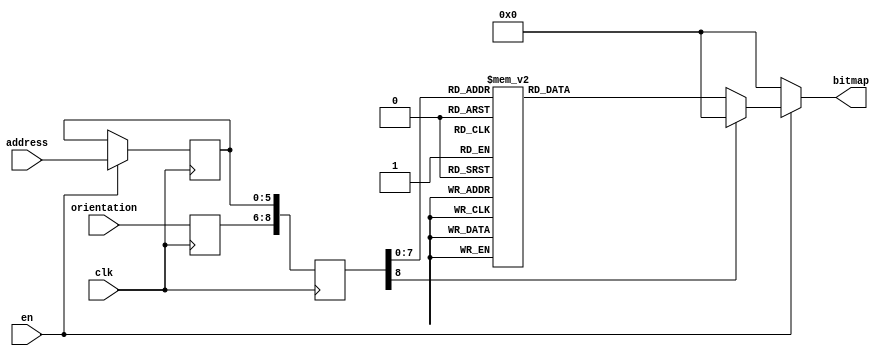
module newshape3_69 (clk, en, orientation, address, bitmap); 
    input  clk;
    input   en;
    input wire [2:0] orientation;
    input wire[5:0] address;
    output reg [50:0] bitmap;
    reg   [8:0] raddr;
    reg [5:0] address_reg;
    reg[2:0] orient_reg;
 always @(posedge clk)
 begin

    if (en)
     address_reg <= address;
     orient_reg <= orientation;
     raddr <= {orient_reg,address_reg};
 end

 always @(raddr) 
 begin
    if (en)
       case(raddr)
    9'b000000000 : bitmap <= 51'b000000000000000000000000010000000000000000000000000;
    9'b000000001 : bitmap <= 51'b000000000000000000000001111100000000000000000000000;
    9'b000000010 : bitmap <= 51'b000000000000000000000111111111000000000000000000000;
    9'b000000011 : bitmap <= 51'b000000000000000000001111111111100000000000000000000;
    9'b000000100 : bitmap <= 51'b000000000000000000011111111111111000000000000000000;
    9'b000000101 : bitmap <= 51'b000000000000000000001111111111111110000000000000000;
    9'b000000110 : bitmap <= 51'b000000000000000000001111111111111111100000000000000;
    9'b000000111 : bitmap <= 51'b000000000000000000000111111111111111110000000000000;
    9'b000001000 : bitmap <= 51'b000000000000000000000011111111111111111100000000000;
    9'b000001001 : bitmap <= 51'b000000000000000000000001111111111111111111000000000;
    9'b000001010 : bitmap <= 51'b000000000000000000000001111111111111111111100000000;
    9'b000001011 : bitmap <= 51'b000000100000000000000000111111111111111111111000000;
    9'b000001100 : bitmap <= 51'b000011110000000000000000011111111111111111111110000;
    9'b000001101 : bitmap <= 51'b000111111000000000000000011111111111111111111111000;
    9'b000001110 : bitmap <= 51'b011111111000000000000000011111111111111111111111110;
    9'b000001111 : bitmap <= 51'b111111111100000000000000001111111111111111111111111;
    9'b000010000 : bitmap <= 51'b111111111110000000000000001111111111111111111111111;
    9'b000010001 : bitmap <= 51'b111111111111000000000000000111111111111111111111111;
    9'b000010010 : bitmap <= 51'b111111111111000000000000000111111111111111111111111;
    9'b000010011 : bitmap <= 51'b111111111111000000000000000011111111111111111111111;
    9'b000010100 : bitmap <= 51'b111111111111100000000000000011111111111111111111111;
    9'b000010101 : bitmap <= 51'b111111111111110000000000000001111111111111111111111;
    9'b000010110 : bitmap <= 51'b111111111111110000000000000001111111111111111111111;
    9'b000010111 : bitmap <= 51'b111111111111100000000000000001111111111111111111111;
    9'b000011000 : bitmap <= 51'b111111111111000000000000000001111111111111111111111;
    9'b000011001 : bitmap <= 51'b000000000000000000000000000000111111111111111111111;
    9'b000011010 : bitmap <= 51'b000000000000000000000000000000111111111111111111111;
    9'b000011011 : bitmap <= 51'b000000000000000000000000000000111111111111111111111;
    9'b000011100 : bitmap <= 51'b000000000000000000000000000000111111111111111111111;
    9'b000011101 : bitmap <= 51'b000000000000000000000000000000111111111111111111111;
    9'b000011110 : bitmap <= 51'b000000000000000000000000000001111111111111111111111;
    9'b000011111 : bitmap <= 51'b000000000000000000000000000011111111111111111111111;
    9'b000100000 : bitmap <= 51'b000000000000000000000000000111111111111111111111111;
    9'b000100001 : bitmap <= 51'b000000000000000000000000111111111111111111111111111;
    9'b000100010 : bitmap <= 51'b000000000000000000000111111111111111111111111111111;
    9'b000100011 : bitmap <= 51'b000000000000000000111111111111111111111111111111111;
    9'b000100100 : bitmap <= 51'b000000000000011111111111111111111111111111111111111;
    9'b000100101 : bitmap <= 51'b111111111111111111111111111111111111111111111111111;
    9'b000100110 : bitmap <= 51'b111111111111111111111111111111111111111111111111111;
    9'b000100111 : bitmap <= 51'b111111111111111111111111111111111111111111111111111;
    9'b000101000 : bitmap <= 51'b111111111111111111111111111111111111111111111111111;
    9'b000101001 : bitmap <= 51'b111111111111111111111111111111111111111111111111111;
    9'b000101010 : bitmap <= 51'b111111111111111111111111111111111111111111111111111;
    9'b000101011 : bitmap <= 51'b111111111111111111111111111111111111111111111111111;
    9'b000101100 : bitmap <= 51'b111111111111111111111111111111111111111111111111111;
    9'b000101101 : bitmap <= 51'b011111111111111111111111111111111111111111111111110;
    9'b000101110 : bitmap <= 51'b000111111111111111111111111111111111111111111111000;
    9'b000101111 : bitmap <= 51'b000011111111111111111111111111111111111111111110000;
    9'b000110000 : bitmap <= 51'b000000111111111111111111111111111111111111111000000;
    9'b000110001 : bitmap <= 51'b000000001111111111111111111111111111111111100000000;
    9'b000110010 : bitmap <= 51'b000000000111111111111111111111111111111111000000000;
    9'b000110011 : bitmap <= 51'b000000000001111111111111111111111111111100000000000;
    9'b000110100 : bitmap <= 51'b000000000000011111111111111111111111110000000000000;
    9'b000110101 : bitmap <= 51'b000000000000001111111111111111111111100000000000000;
    9'b000110110 : bitmap <= 51'b000000000000000011111111111111111110000000000000000;
    9'b000110111 : bitmap <= 51'b000000000000000000111111111111111000000000000000000;
    9'b000111000 : bitmap <= 51'b000000000000000000001111111111100000000000000000000;
    9'b000111001 : bitmap <= 51'b000000000000000000000111111111000000000000000000000;
    9'b000111010 : bitmap <= 51'b000000000000000000000001111100000000000000000000000;
    9'b000111011 : bitmap <= 51'b000000000000000000000000010000000000000000000000000;

    
    
   9'b001000000 : bitmap <= 51'b000000000000000000000000010000000000000000000000000;
    9'b001000001 : bitmap <= 51'b000000000000000000000001111100000000000000000000000;
    9'b001000010 : bitmap <= 51'b000000000000000000000111111111000000000000000000000;
    9'b001000011 : bitmap <= 51'b000000000000000000001111111111100000000000000000000;
    9'b001000100 : bitmap <= 51'b000000000000000000011111111111110000000000000000000;
    9'b001000101 : bitmap <= 51'b000000000000000000001111111111110000000000000000000;
    9'b001000110 : bitmap <= 51'b000000000000000000001111111111100000000000000000000;
    9'b001000111 : bitmap <= 51'b000000000000000000001111111111100000000000000000000;
    9'b001001000 : bitmap <= 51'b000000000000000000001111111111100000000000000000000;
    9'b001001001 : bitmap <= 51'b000000000000000000000111111111100000000000000000000;
    9'b001001010 : bitmap <= 51'b000000000000000000000111111111000000000000000000000;
    9'b001001011 : bitmap <= 51'b000000100000000000000111111111000000000000001000000;
    9'b001001100 : bitmap <= 51'b000011100000000000000011111111000000000000011110000;
    9'b001001101 : bitmap <= 51'b000111110000000000000001111110000000000000011111000;
    9'b001001110 : bitmap <= 51'b011111110000000000000000111100000000000000111111110;
    9'b001001111 : bitmap <= 51'b111111111000000000000000011000000000000000111111111;
    9'b001010000 : bitmap <= 51'b111111111000000000000000000000000000000000111111111;
    9'b001010001 : bitmap <= 51'b111111111100000000000000000000000000000001111111111;
    9'b001010010 : bitmap <= 51'b111111111100000000000000000000000000000001111111111;
    9'b001010011 : bitmap <= 51'b111111111100000000000000000000000000000011111111111;
    9'b001010100 : bitmap <= 51'b111111111110000000000000000000000000000011111111111;
    9'b001010101 : bitmap <= 51'b111111111110000000000000000000000000000011111111111;
    9'b001010110 : bitmap <= 51'b111111111111000000000000000000000000000111111111111;
    9'b001010111 : bitmap <= 51'b111111111111100000000000000000000000001111111111111;
    9'b001011000 : bitmap <= 51'b111111111111110000000000000000000000001111111111111;
    9'b001011001 : bitmap <= 51'b111111111111110000000000000000000000011111111111111;
    9'b001011010 : bitmap <= 51'b111111111111111000000000000000000000111111111111111;
    9'b001011011 : bitmap <= 51'b111111111111111100000000000000000001111111111111111;
    9'b001011100 : bitmap <= 51'b111111111111111110000000000000000011111111111111111;
    9'b001011101 : bitmap <= 51'b111111111111111111000000000000000111111111111111111;
    9'b001011110 : bitmap <= 51'b111111111111111111100000000000001111111111111111111;
    9'b001011111 : bitmap <= 51'b111111111111111111110000000000011111111111111111111;
    9'b001100000 : bitmap <= 51'b111111111111111111111000000000111111111111111111111;
    9'b001100001 : bitmap <= 51'b111111111111111111111111111111111111111111111111111;
    9'b001100010 : bitmap <= 51'b111111111111111111111111111111111111111111111111111;
    9'b001100011 : bitmap <= 51'b111111111111111111111111111111111111111111111111111;
    9'b001100100 : bitmap <= 51'b111111111111111111111111111111111111111111111111111;
    9'b001100101 : bitmap <= 51'b111111111111111111111111111111111111111111111111111;
    9'b001100110 : bitmap <= 51'b111111111111111111111111111111111111111111111111111;
    9'b001100111 : bitmap <= 51'b111111111111111111111111111111111111111111111111111;
    9'b001101000 : bitmap <= 51'b111111111111111111111111111111111111111111111111111;
    9'b001101001 : bitmap <= 51'b111111111111111111111111111111111111111111111111111;
    9'b001101010 : bitmap <= 51'b111111111111111111111111111111111111111111111111111;
    9'b001101011 : bitmap <= 51'b111111111111111111111111111111111111111111111111111;
    9'b001101100 : bitmap <= 51'b111111111111111111111111111111111111111111111111111;
    9'b001101101 : bitmap <= 51'b011111111111111111111111111111111111111111111111110;
    9'b001101110 : bitmap <= 51'b000111111111111111111111111111111111111111111111000;
    9'b001101111 : bitmap <= 51'b000011111111111111111111111111111111111111111110000;
    9'b001110000 : bitmap <= 51'b000000111111111111111111111111111111111111111000000;
    9'b001110001 : bitmap <= 51'b000000001111111111111111111111111111111111100000000;
    9'b001110010 : bitmap <= 51'b000000000111111111111111111111111111111111000000000;
    9'b001110011 : bitmap <= 51'b000000000001111111111111111111111111111100000000000;
    9'b001110100 : bitmap <= 51'b000000000000011111111111111111111111110000000000000;
    9'b001110101 : bitmap <= 51'b000000000000001111111111111111111111100000000000000;
    9'b001110110 : bitmap <= 51'b000000000000000011111111111111111110000000000000000;
    9'b001110111 : bitmap <= 51'b000000000000000000111111111111111000000000000000000;
    9'b001111000 : bitmap <= 51'b000000000000000000001111111111100000000000000000000;
    9'b001111001 : bitmap <= 51'b000000000000000000000111111111000000000000000000000;
    9'b001111010 : bitmap <= 51'b000000000000000000000001111100000000000000000000000;
    9'b001111011 : bitmap <= 51'b000000000000000000000000010000000000000000000000000;


    
    9'b010000000 : bitmap <= 51'b000000000000000000000000010000000000000000000000000;
    9'b010000001 : bitmap <= 51'b000000000000000000000001111100000000000000000000000;
    9'b010000010 : bitmap <= 51'b000000000000000000000111111111000000000000000000000;
    9'b010000011 : bitmap <= 51'b000000000000000000001111111111100000000000000000000;
    9'b010000100 : bitmap <= 51'b000000000000000000111111111111110000000000000000000;
    9'b010000101 : bitmap <= 51'b000000000000000011111111111111100000000000000000000;
    9'b010000110 : bitmap <= 51'b000000000000001111111111111111100000000000000000000;
    9'b010000111 : bitmap <= 51'b000000000000011111111111111111000000000000000000000;
    9'b010001000 : bitmap <= 51'b000000000001111111111111111110000000000000000000000;
    9'b010001001 : bitmap <= 51'b000000000111111111111111111100000000000000000000000;
    9'b010001010 : bitmap <= 51'b000000001111111111111111111100000000000000000000000;
    9'b010001011 : bitmap <= 51'b000000111111111111111111111000000000000000001000000;
    9'b010001100 : bitmap <= 51'b000011111111111111111111110000000000000000011110000;
    9'b010001101 : bitmap <= 51'b000111111111111111111111110000000000000000111111000;
    9'b010001110 : bitmap <= 51'b011111111111111111111111110000000000000000111111110;
    9'b010001111 : bitmap <= 51'b111111111111111111111111100000000000000001111111111;
    9'b010010000 : bitmap <= 51'b111111111111111111111111100000000000000011111111111;
    9'b010010001 : bitmap <= 51'b111111111111111111111111000000000000000111111111111;
    9'b010010010 : bitmap <= 51'b111111111111111111111111000000000000000111111111111;
    9'b010010011 : bitmap <= 51'b111111111111111111111110000000000000000111111111111;
    9'b010010100 : bitmap <= 51'b111111111111111111111110000000000000001111111111111;
    9'b010010101 : bitmap <= 51'b111111111111111111111100000000000000011111111111111;
    9'b010010110 : bitmap <= 51'b111111111111111111111100000000000000011111111111111;
    9'b010010111 : bitmap <= 51'b111111111111111111111100000000000000001111111111111;
    9'b010011000 : bitmap <= 51'b111111111111111111111100000000000000000111111111111;
    9'b010011001 : bitmap <= 51'b111111111111111111111000000000000000000000000000000;
    9'b010011010 : bitmap <= 51'b111111111111111111111000000000000000000000000000000;
    9'b010011011 : bitmap <= 51'b111111111111111111111000000000000000000000000000000;
    9'b010011100 : bitmap <= 51'b111111111111111111111000000000000000000000000000000;
    9'b010011101 : bitmap <= 51'b111111111111111111111000000000000000000000000000000;
    9'b010011110 : bitmap <= 51'b111111111111111111111100000000000000000000000000000;
    9'b010011111 : bitmap <= 51'b111111111111111111111110000000000000000000000000000;
    9'b010100000 : bitmap <= 51'b111111111111111111111111000000000000000000000000000;
    9'b010100001 : bitmap <= 51'b111111111111111111111111111000000000000000000000000;
    9'b010100010 : bitmap <= 51'b111111111111111111111111111111000000000000000000000;
    9'b010100011 : bitmap <= 51'b111111111111111111111111111111111000000000000000000;
    9'b010100100 : bitmap <= 51'b111111111111111111111111111111111111110000000000000;
    9'b010100101 : bitmap <= 51'b111111111111111111111111111111111111111111111111111;
    9'b010100110 : bitmap <= 51'b111111111111111111111111111111111111111111111111111;
    9'b010100111 : bitmap <= 51'b111111111111111111111111111111111111111111111111111;
    9'b010101000 : bitmap <= 51'b111111111111111111111111111111111111111111111111111;
    9'b010101001 : bitmap <= 51'b111111111111111111111111111111111111111111111111111;
    9'b010101010 : bitmap <= 51'b111111111111111111111111111111111111111111111111111;
    9'b010101011 : bitmap <= 51'b111111111111111111111111111111111111111111111111111;
    9'b010101100 : bitmap <= 51'b111111111111111111111111111111111111111111111111111;
    9'b010101101 : bitmap <= 51'b011111111111111111111111111111111111111111111111110;
    9'b010101110 : bitmap <= 51'b000111111111111111111111111111111111111111111111000;
    9'b010101111 : bitmap <= 51'b000011111111111111111111111111111111111111111110000;
    9'b010110000 : bitmap <= 51'b000000111111111111111111111111111111111111111000000;
    9'b010110001 : bitmap <= 51'b000000001111111111111111111111111111111111100000000;
    9'b010110010 : bitmap <= 51'b000000000111111111111111111111111111111111000000000;
    9'b010110011 : bitmap <= 51'b000000000001111111111111111111111111111100000000000;
    9'b010110100 : bitmap <= 51'b000000000000011111111111111111111111110000000000000;
    9'b010110101 : bitmap <= 51'b000000000000001111111111111111111111100000000000000;
    9'b010110110 : bitmap <= 51'b000000000000000011111111111111111110000000000000000;
    9'b010110111 : bitmap <= 51'b000000000000000000111111111111111000000000000000000;
    9'b010111000 : bitmap <= 51'b000000000000000000001111111111100000000000000000000;
    9'b010111001 : bitmap <= 51'b000000000000000000000111111111000000000000000000000;
    9'b010111010 : bitmap <= 51'b000000000000000000000001111100000000000000000000000;
    9'b010111011 : bitmap <= 51'b000000000000000000000000010000000000000000000000000;

    

    default: bitmap <= 0;
       endcase
    else bitmap <=0;
 end
        endmodule